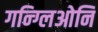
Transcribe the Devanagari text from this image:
गन्ग्लिओनि